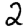
Digit: 2